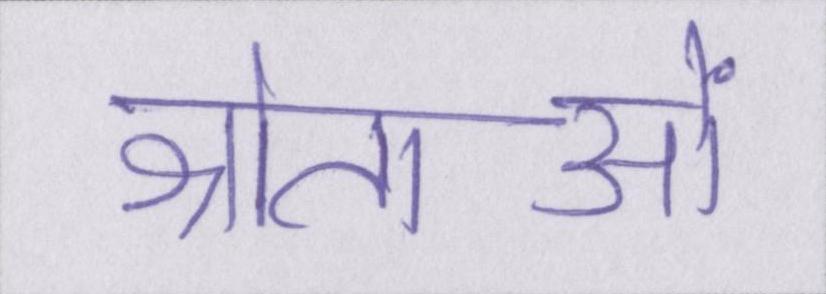
श्रोताओं